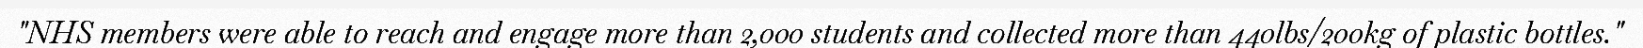
"NHS members were able to reach and engage more than 2,000 students and collected more than 440lbs/200kg of plastic bottles."